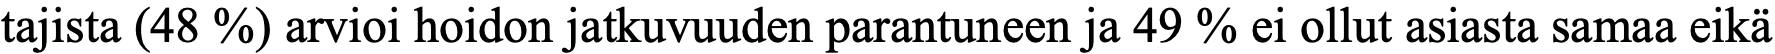
tajista (48 %) arvioi hoidon jatkuvuuden parantuneen ja 49 % ei ollut asiasta samaa eikä